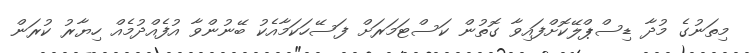
މިތަނުގެ މުދާ ޑިސްޕްލޭކޮށްފައިވާ ގޮތުން ކަސްޓަމަރަށް ފަސޭހަކަމާއެކު ބޭނުންވާ އުފެއްދުމެއް ހިޔާރު ކުރަން